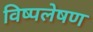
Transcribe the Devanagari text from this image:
विष्पलेषण